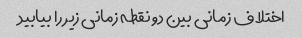
اختلاف زمانی بین دو نقطه زمانی زیر را بیابید